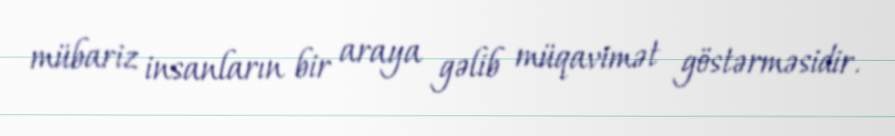
mübariz insanların bir araya gəlib müqavimət göstərməsidir.